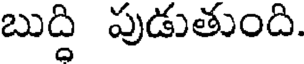
బుద్ది పుడుతుంది.